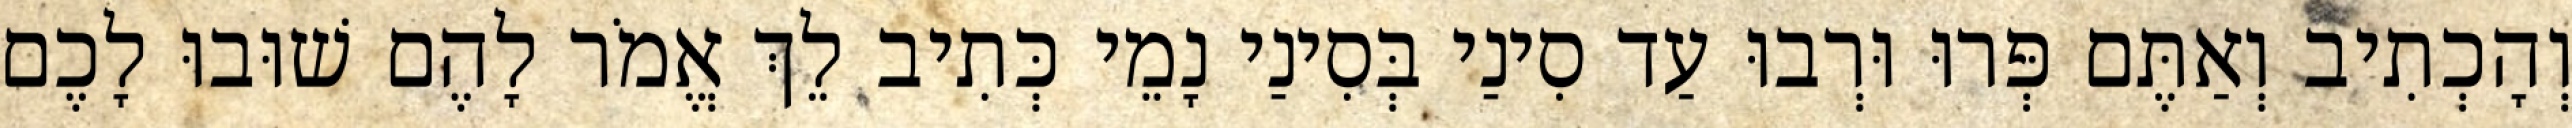
וְהָכְתִיב וְאַתֶּם פְּרוּ וּרְבוּ עַד סִינַי בְּסִינַי נָמֵי כְּתִיב לֵךְ אֱמֹר לָהֶם שׁוּבוּ לָכֶם